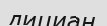
дициан